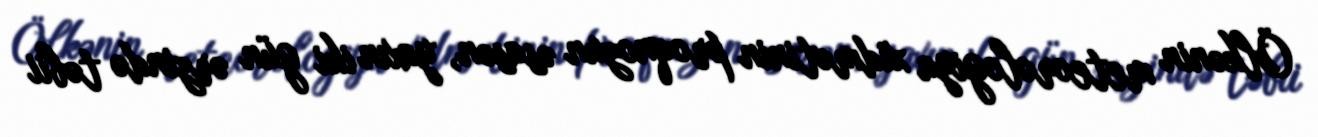
Ölkənin meteorologiya xidmətinin proqnozun əsasən, yaxın iki gün ərzində təbii